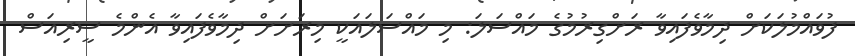
ފުވައްމުލަކަށް ދިމާވެފައިވާ ރަށްގިރުމުގެ މައްސަލަ: މި މައްސަލައަކީ މިރަށަށް ދިމާވެފައިވާ އެންމެ ސީރިއަސް